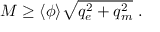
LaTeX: M \geq \langle \phi \rangle \sqrt { q _ { e } ^ { 2 } + q _ { m } ^ { 2 } } \ .